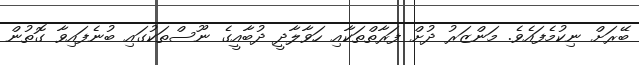
ބޭރަށް ނިކުމެފައެވެ. މަންޒަރު ދުށް ފަރާތްތަކާއި ހަވާލާދީ ދުބާއީގެ ނޫސްތަކުގައި ބުނެފައިވާ ގޮތުން